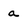
Character: a